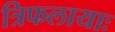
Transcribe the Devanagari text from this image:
त्रिफलायाः